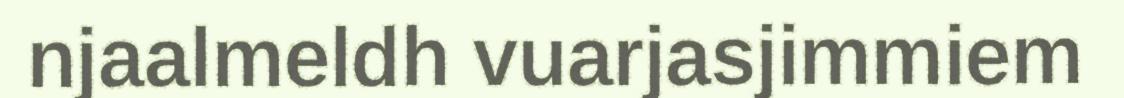
njaalmeldh vuarjasjimmiem